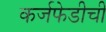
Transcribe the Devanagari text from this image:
कर्जफेडीची